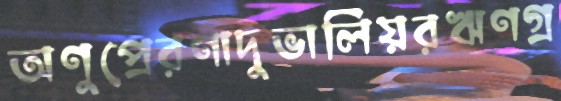
অণুপ্রেরণাদুভালিয়রঋণগ্র